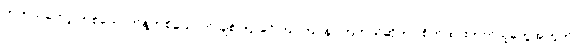
တကယ်တော့ တစ်ယောက်နဲ့တစ်ယောက် ချစ်ကြ၊ ခင်ကြ၊ ကြင်နာကြတယ်ဆိုတာ စိတ်ထားတတ်သူတွေအတွက်